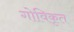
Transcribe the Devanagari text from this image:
गोविकृत